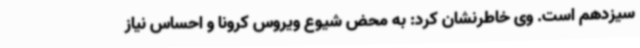
سیزدهم است. وی خاطرنشان کرد: به محض شیوع ویروس کرونا و احساس نیاز